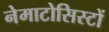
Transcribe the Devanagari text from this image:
नेमाटोसिस्टों